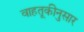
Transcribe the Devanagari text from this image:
वाहतूकीनुसार